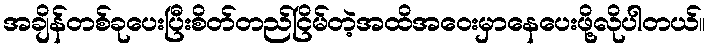
အချိန်တစ်ခုပေးပြီးစိတ်တည်ငြိမ်တဲ့အထိအဝေးမှာနေပေးဖို့လိုပါတယ်။